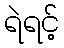
ရဲရင့်